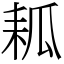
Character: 㼍